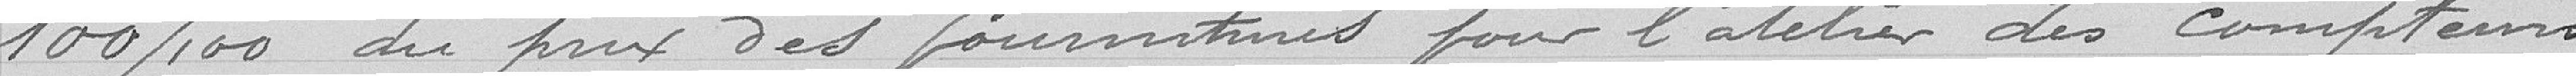
100/100 du prix des fournitures pour l'atelier des compteurs